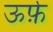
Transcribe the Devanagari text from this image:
ऊर्फ़